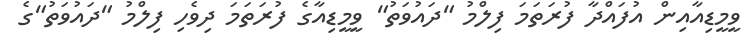
ވީމީޑިއާއިން އުފައްދާ ފުރަތަމަ ފިލްމު "ދައުވަތު" ވީމީޑިއާގެ ފުރަތަމަ ދިވެހި ފިލްމު "ދައުވަތު"ގެ